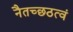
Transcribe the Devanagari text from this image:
नैतच्छठत्वं